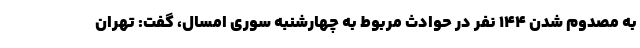
به مصدوم شدن ۱۴۴ نفر در حوادث مربوط به چهارشنبه سوری امسال، گفت: تهران